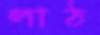
লাঠ